Annual report of the Bengal Veterinary College and of the Civil Veterinary Department, Bengal, for the year 1915-16 - 1915-1916
Year: 1915
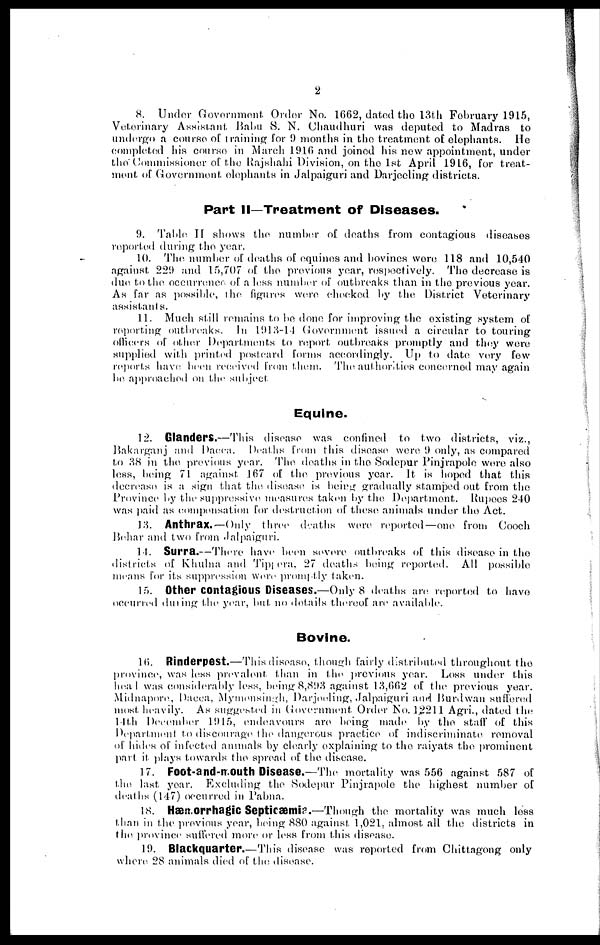
2
8. Under Government. Order No. 1662, dated the 13th February 1915,
Veterinary Assistant Balm S. N. Chaudhuri was deputed to Madras to
undergo a course of training for 9 months in the treatment of elephants. He
completed his course in March 1916 and joined his new appointment, under
the Commissioner of the Rajshahi Division, on the 1st April 1916, for treat-
ment of Government elephants in Jalpaiguri and Darjeeling districts.
Part II—Treatment of Diseases.
9. Table II shows the number of deaths from contagious diseases
reported during the year.
10. The number of deaths of equines and bovines were 118 and 10,540
against 229 and 15,707 of the previous year, respectively. The decrease is
due to the occurrence of a less number of outbreaks than in the previous year.
As far as possible, the figures were checked by the District Veterinary
assistants.
11. Much still remains to be done for improving the existing system of
reporting outbreaks. In 1913-14 Government issued a circular to touring
officers of other Departments to report outbreaks promptly and they were
supplied with printed postcard forms accordingly. Up to date very few
reports have been received from them. The authorities concerned may again
be approached on the subject
Equine.
12. Glanders.—This disease was confined to two districts, viz.,
Bakarganj and Dacca. Deaths from this disease were 9 only, as compared
to 38 in the previous year. The deaths in the Sodepur Pinjrapole were also
less, being 71 against 167 of the previous year. It is hoped that this
decrease is a sign that the disease is being gradually stamped out from the
Province by the suppressive measures taken by the Department. Rupees 240
was paid as compensation for destruction of these animals under the Act.
13. Anthrax.—Only three deaths were reported—one from Cooch
Behar and two from Jalpaiguri.
14. Surra.—There have been severe outbreaks of this disease in the
districts of Khulna and Tipiera, 27 deaths being reported. All possible
means for its suppression were promptly taken.
15. Other Contagious Diseases.—Only 8 deaths are reported to have
occurred during the year, but no details thereof are available.
Bovine.
16. Rinderpest.—This disease, though fairly distributed throughout the
province, was less prevalent than in the previous year. Loss under this
head was considerably less, being 8,893 against 13,662 of the previous year.
Midnapore, Dacca, Mymensingh, Darjeeling, .Jalpaiguri and Burdwan suffered
most heavily. As suggested in Government Order No. 12211 Agri., dated the
14th December 1915, endeavours are being made by the staff of this
Department to discourage the dangerous practice of indiscriminate removal
of hides of infected animals by clearly explaining to the raiyats the prominent
part it plays towards the spread of the disease.
17. Foot-and-mouth Disease.—The mortality was 556 against 587 of
the last year. Excluding the Sodepur Pinjrapole the highest number of
deaths (147) occurred in Pabna.
18. Hæmorrhagic Septicæmia.—Though the mortality was much less
than in the previous year, being 880 against. 1,021, almost all the districts in
the province suffered more or less from this disease.
19. Blackquarter.—This disease was reported from Chittagong only
where 28 animals died of the disease.